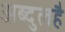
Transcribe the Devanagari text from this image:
अब्दुलहै